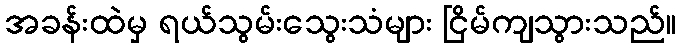
အခန်းထဲမှ ရယ်သွမ်းသွေးသံများ ငြိမ်ကျသွားသည်။